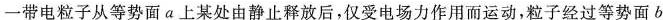
一带电粒子从等势面a上某处由静止释放后，仅受电场力作用而运动，粒子经过等势面b